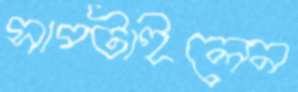
সাপ্‌টাইলেন